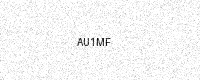
Text: AU1MF